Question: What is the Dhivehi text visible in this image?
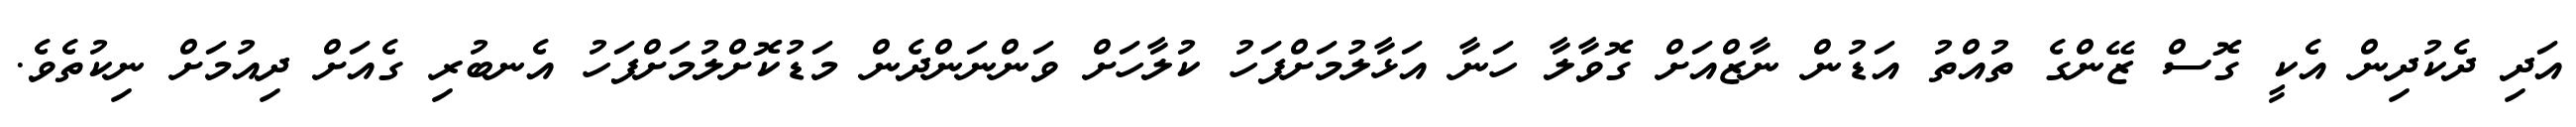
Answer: އަދި ދެކުދިން އެކީ ގޮސް ޒޭންގެ ތުއްތު އަޑުން ނާޒްއަށް ގޮވާލާ ހަނާ އަޅާލުމަށްފަހު ކުލާހަށް ވަންނަންދެން މަޑުކޮށްލުމަށްފަހު އެނބުރި ގެއަށް ދިއުމަށް ނިކުތެވެ.